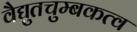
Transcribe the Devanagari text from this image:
वैद्युतचुम्बकत्व